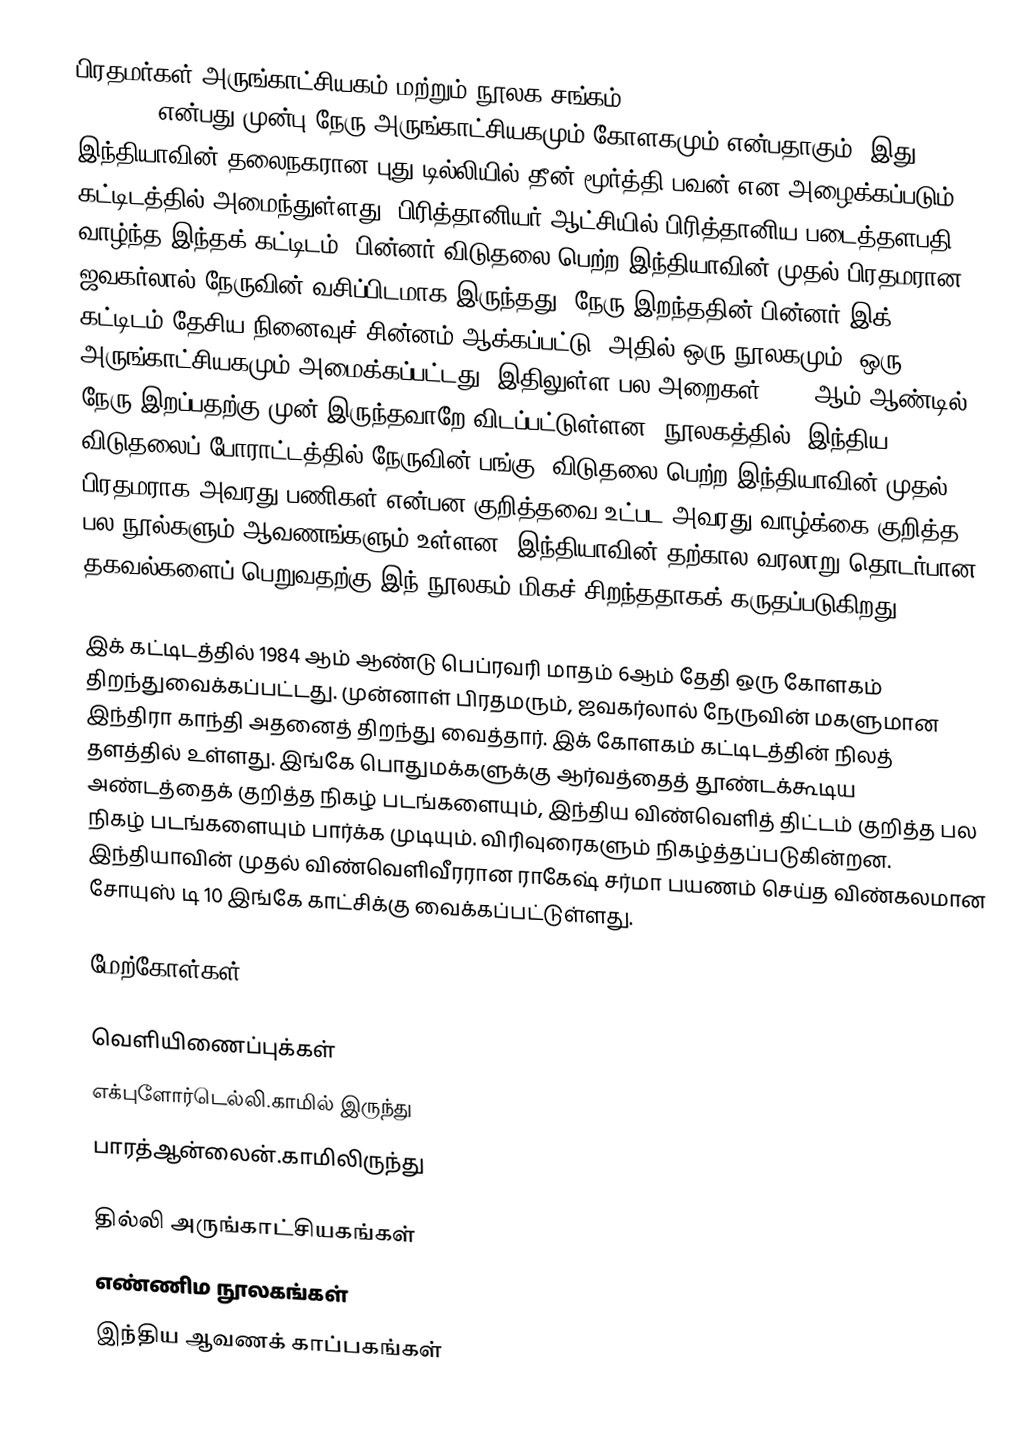
பிரதமர்கள் அருங்காட்சியகம் மற்றும் நூலக சங்கம் (Prime Ministers’ Museum and Library Society) என்பது முன்பு நேரு அருங்காட்சியகமும் கோளகமும் என்பதாகும். இது இந்தியாவின் தலைநகரான புது டில்லியில் தீன் மூர்த்தி பவன் என அழைக்கப்படும் கட்டிடத்தில் அமைந்துள்ளது. பிரித்தானியர் ஆட்சியில் பிரித்தானிய படைத்தளபதி வாழ்ந்த இந்தக் கட்டிடம், பின்னர் விடுதலை பெற்ற இந்தியாவின் முதல் பிரதமரான ஜவகர்லால் நேருவின் வசிப்பிடமாக இருந்தது. நேரு இறந்ததின் பின்னர் இக் கட்டிடம் தேசிய நினைவுச் சின்னம் ஆக்கப்பட்டு, அதில் ஒரு நூலகமும், ஒரு அருங்காட்சியகமும் அமைக்கப்பட்டது. இதிலுள்ள பல அறைகள் 1964 ஆம் ஆண்டில் நேரு இறப்பதற்கு முன் இருந்தவாறே விடப்பட்டுள்ளன. நூலகத்தில், இந்திய விடுதலைப் போராட்டத்தில் நேருவின் பங்கு, விடுதலை பெற்ற இந்தியாவின் முதல் பிரதமராக அவரது பணிகள் என்பன குறித்தவை உட்பட அவரது வாழ்க்கை குறித்த பல நூல்களும் ஆவணங்களும் உள்ளன. இந்தியாவின் தற்கால வரலாறு தொடர்பான தகவல்களைப் பெறுவதற்கு இந் நூலகம் மிகச் சிறந்ததாகக் கருதப்படுகிறது.

இக் கட்டிடத்தில் 1984 ஆம் ஆண்டு பெப்ரவரி மாதம் 6ஆம் தேதி ஒரு கோளகம் திறந்துவைக்கப்பட்டது. முன்னாள் பிரதமரும், ஜவகர்லால் நேருவின் மகளுமான இந்திரா காந்தி அதனைத் திறந்து வைத்தார். இக் கோளகம் கட்டிடத்தின் நிலத் தளத்தில் உள்ளது. இங்கே பொதுமக்களுக்கு ஆர்வத்தைத் தூண்டக்கூடிய அண்டத்தைக் குறித்த நிகழ் படங்களையும், இந்திய விண்வெளித் திட்டம் குறித்த பல நிகழ் படங்களையும் பார்க்க முடியும். விரிவுரைகளும் நிகழ்த்தப்படுகின்றன. இந்தியாவின் முதல் விண்வெளிவீரரான ராகேஷ் சர்மா பயணம் செய்த விண்கலமான சோயுஸ் டி 10 இங்கே காட்சிக்கு வைக்கப்பட்டுள்ளது.

மேற்கோள்கள்

வெளியிணைப்புக்கள்
 எக்புளோர்டெல்லி.காமில் இருந்து
 பாரத்ஆன்லைன்.காமிலிருந்து

தில்லி அருங்காட்சியகங்கள்
எண்ணிம நூலகங்கள்
இந்திய ஆவணக் காப்பகங்கள்